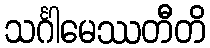
သင်္ဂါမေဿတီတိ